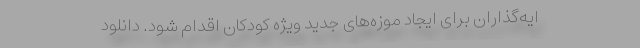
ایه‌گذاران برای ایجاد موزه‌های جدید ویژه کودکان اقدام شود. دانلود